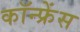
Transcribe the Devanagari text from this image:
कॉन्‍फ्रेंस